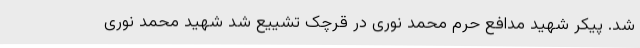
شد. پیکر شهید مدافع حرم محمد نوری در قرچک تشییع شد ‌شهید محمد نوری